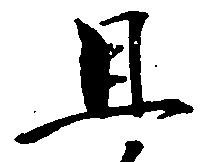
且